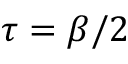
\tau = \beta / 2